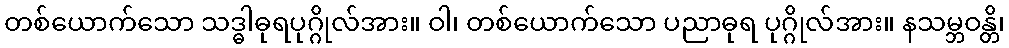
တစ်ယောက်သော သဒ္ဓါဓုရပုဂ္ဂိုလ်အား။ ဝါ၊ တစ်ယောက်သော ပညာဓုရ ပုဂ္ဂိုလ်အား။ နသမ္ဘဝန္တိ၊